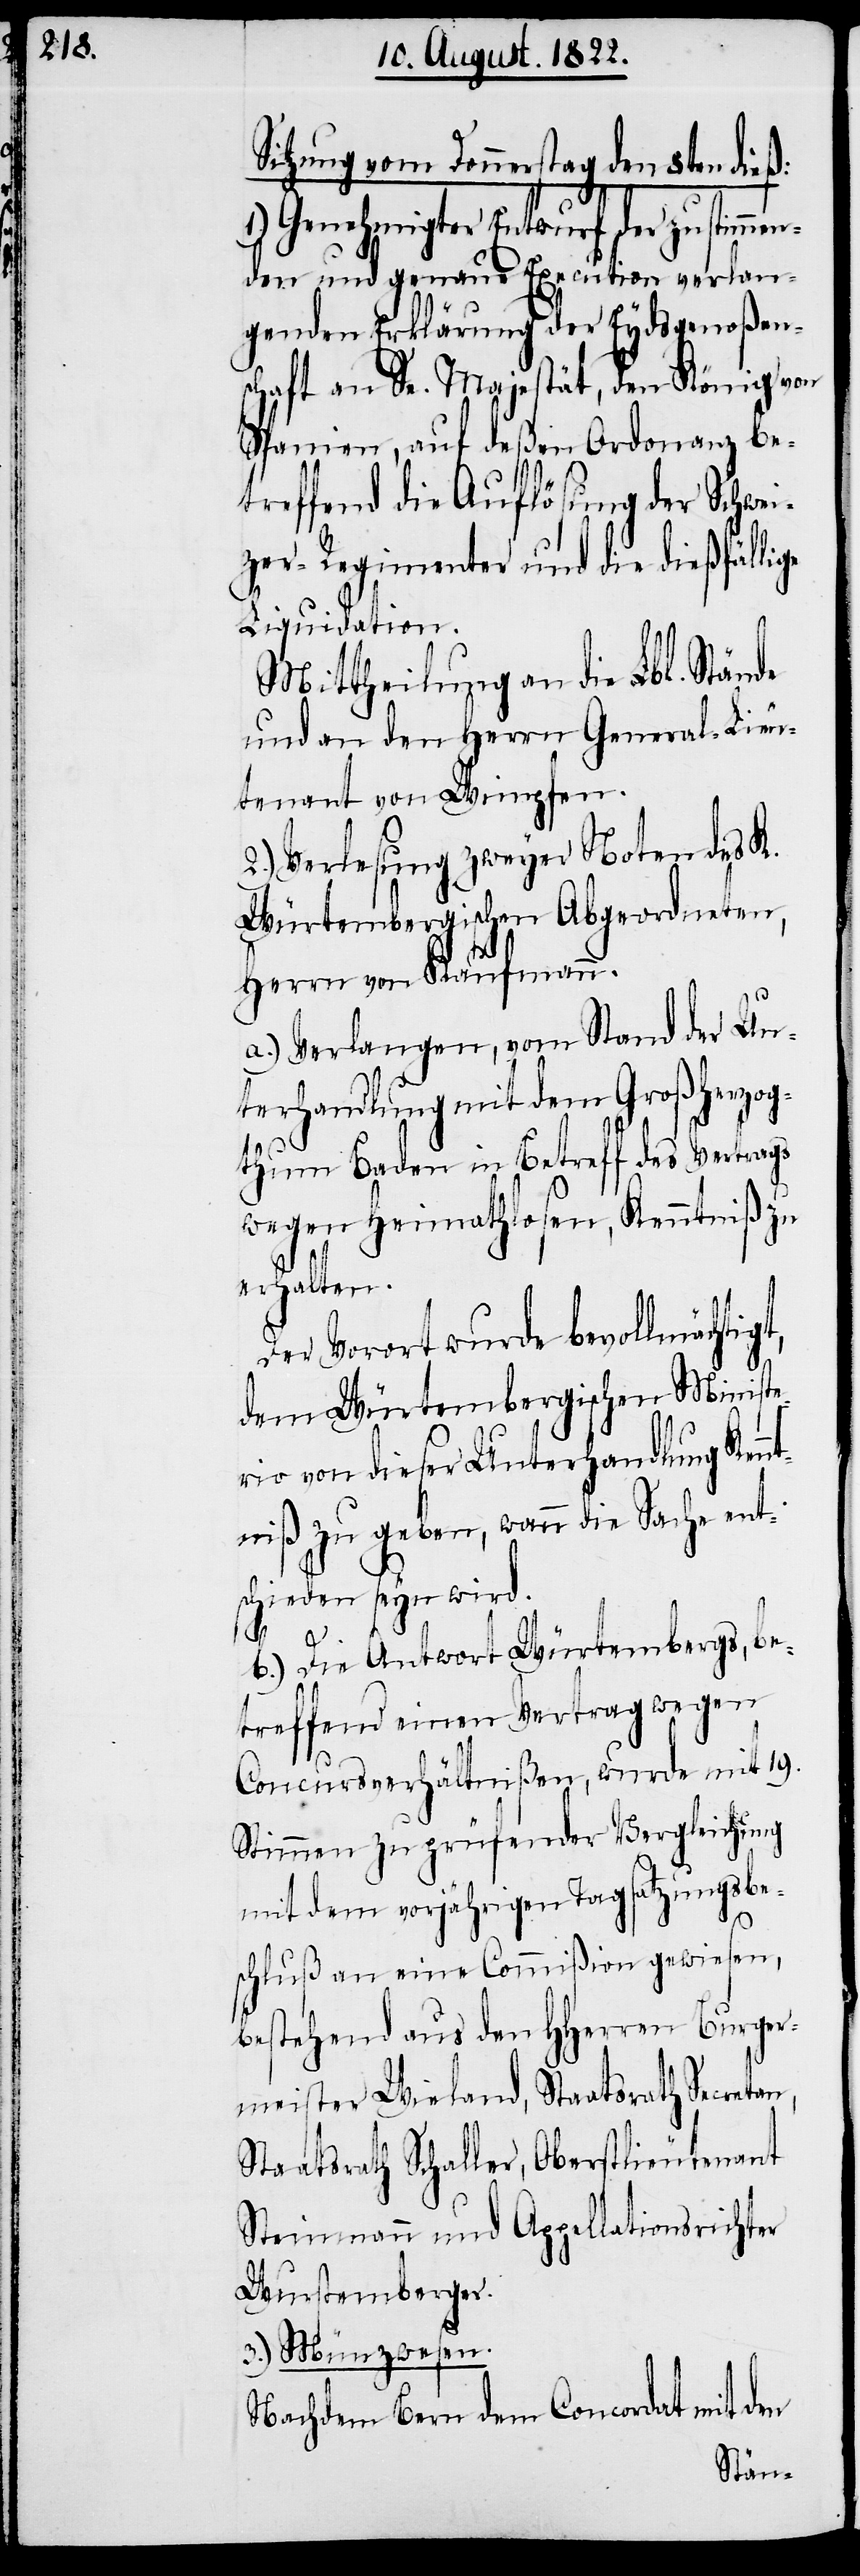
Sitzung vom Donnerstag den 8ten dieß:
1.) Genehmigter Entwurf der zustimmen¬
den und genaue Execution vorlan¬
genden Erklärung der Eydsgenoßen¬
schaft an Se. Majestät, den König von
Spanien, auf deßen Ordonanz be¬
treffend die Auflösung der Schwei¬
zer-Regimenter und die dießfällige
Liquidation.
Mittheilung an die Lbl. Stände
und an den Herrn General-Lieu¬
tnant von Wimpfen.
2.) Verlesung zweyer Noten des K.
Würtembergischen Abgeordneten,
Herrn von Kaufmann.
a.) Verlangen, vom Stand der Un¬
terhandlung mit dem Großherzog¬
thum Baden in Betreff des Vertrags
wegen Heimathlosen, Kenntniß zu
erhalten.
Der Vorort wurde bevollmächtig¬
dem Würtembergischen Ministe¬
rio von dieser Unterhandlung Ken¬
ntniß zu geben, wann die Sache ent¬
schieden seyn wird.
t,
b.) Die Antwort Würtembergs, be¬
treffend einen Vertrag wegen
Concursverhältnißen, wurde mit 19.
Stimmen zu prüfender Vergleichung
mit dem vorjährigen Tagsatzungsbe¬
schluß an eine Commißion gewiesen,
bestehend aus den HHerren Burger¬
meister Wieland, Staatsrath Secretan,
Staatsrath Schaller, Oberstlieutnant
Steinmann und Appellationsrichter
Wurstemberger.
3.) Münzwesen.
Nachdem Bern dem Concordat mit den